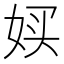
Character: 𫰨